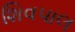
શિવપાલ